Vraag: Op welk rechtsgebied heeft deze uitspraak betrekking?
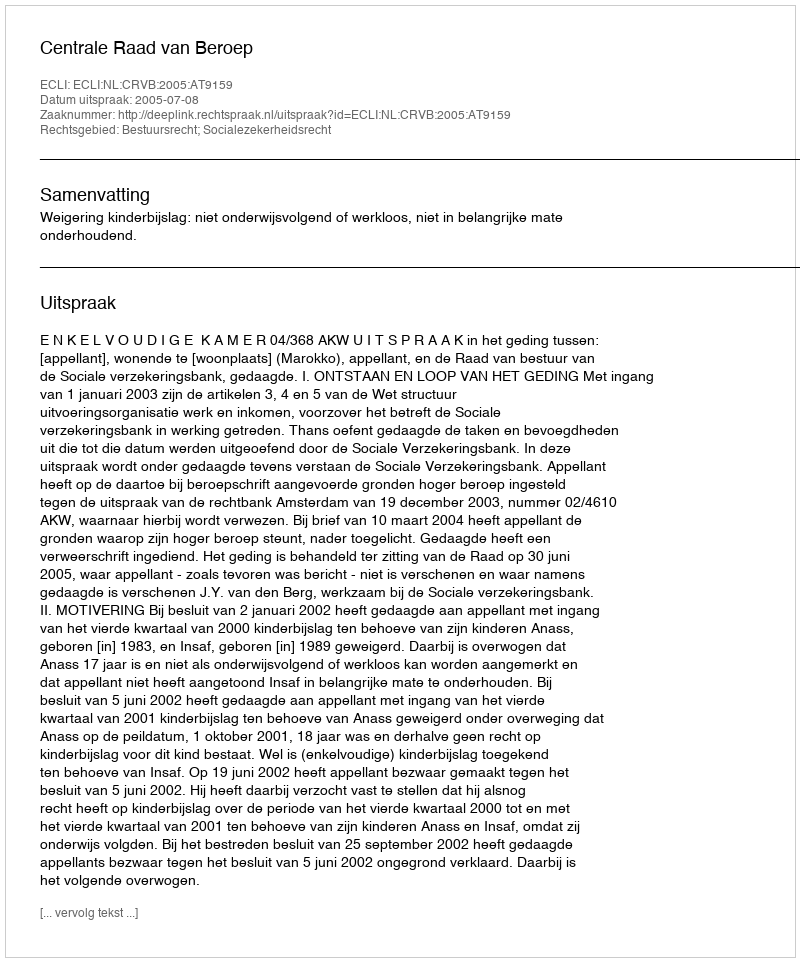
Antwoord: Bestuursrecht; Socialezekerheidsrecht